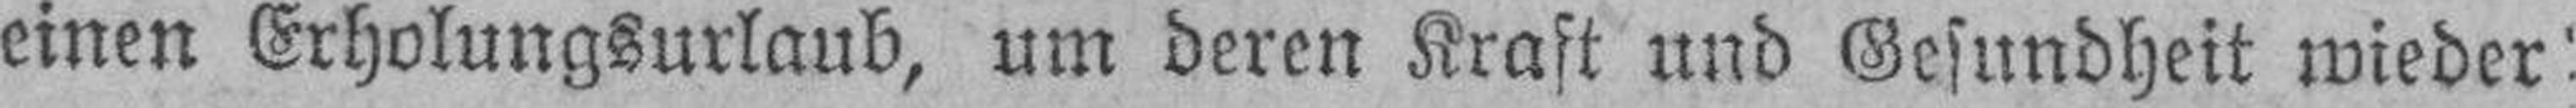
einen Erholungsurlaub, um deren Kraft und Gesundheit wieder